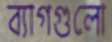
ব্যাগগুলো